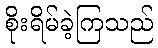
စိုးရိမ်ခဲ့ကြသည်